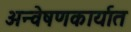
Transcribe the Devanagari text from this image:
अन्वेषणकार्यात